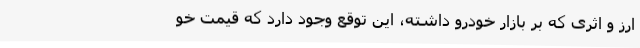
ارز و اثری که بر بازار خودرو داشته، این توقع وجود دارد که قیمت خو